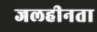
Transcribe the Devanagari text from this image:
जलहीनता